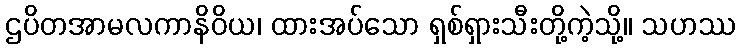
ဌပိတအာမလကာနိဝိယ၊ ထားအပ်သော ရှစ်ရှားသီးတို့ကဲ့သို့။ သဟဿ